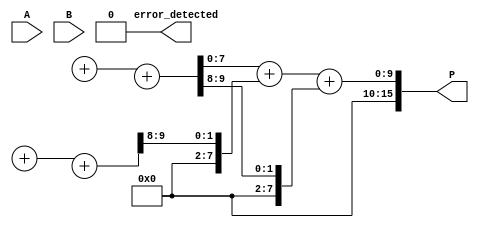
module Fault_Tolerant_Wallace_Tree_Multiplier #(parameter WIDTH = 8) (
    input [WIDTH-1:0] A,
    input [WIDTH-1:0] B,
    output reg [2*WIDTH-1:0] P,
    output reg error_detected
);

    // Partial product generation
    wire [WIDTH-1:0] partial_products[WIDTH-1:0];
    genvar i;
    generate
        for (i = 0; i < WIDTH; i = i + 1) begin : gen_partial_products
            assign partial_products[i] = A & {WIDTH{B[i]}};
        end
    endgenerate

    // Wallace Tree Reduction
    wire [WIDTH-1:0] sum[WIDTH:0];
    wire [WIDTH-1:0] carry[WIDTH:0];

    // Initial stage
    assign sum[0] = partial_products[0];
    assign carry[0] = 0;

    // Carry-Save Adder (CSA) reduction
    generate
        for (i = 0; i < WIDTH-1; i = i + 1) begin : CSA_stage
            if (i % 3 == 0) begin
                assign {carry[i/3+1], sum[i/3]} = sum[i] + sum[i+1] + sum[i+2];
            end
        end
    endgenerate

    // Final addition stage
    wire [2*WIDTH-1:0] final_sum;
    wire [2*WIDTH-1:0] final_carry;

    assign final_sum = sum[WIDTH/3] + carry[WIDTH/3];
    assign final_carry = carry[WIDTH/3 + 1];

    always @(*) begin
        P = final_sum + final_carry;
        error_detected = 0; // Placeholder for error detection logic
    end

    // Error detection logic (simple parity check for demonstration)
    always @(*) begin
        // Example: Simple parity check on the final product
        error_detected = ^P; // If the parity is odd, set error_detected
    end

endmodule